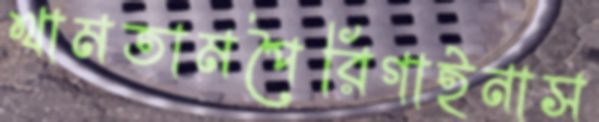
থামতামপৈরিগাইনাস